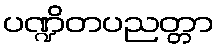
ပဏ္ဍိတပညတ္တာ